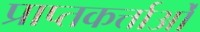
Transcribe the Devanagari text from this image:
प्राप्तकर्त्ताओं